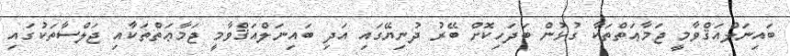
ބައިނަލްއަޤްވާމީ ޖަމާޢަތްތަކާ ގުޅުން ބަދަހިކޮށް ބޭރު ދުނިޔޭގައި އަދި ބައިނަލްއަޤްވާމީ ޖަމާޢަތްތަކާއި ޖަލްސާތަކުގައި